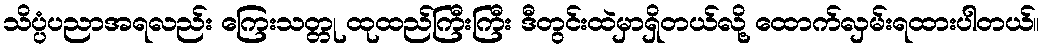
သိပ္ပံပညာအရလည်း ကြေးသတ္တု ထုထည်ကြီးကြီး ဒီတွင်းထဲမှာရှိတယ်လို့ ထောက်လှမ်းရထားပါတယ်။